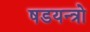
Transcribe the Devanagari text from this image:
षडयन्त्रो